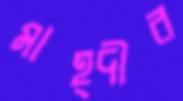
মাহ্দীর